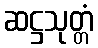
ဆဋ္ဌသုတ္တံ